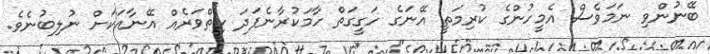
ބޭނުންވި ނަމަވެސް އެމީހުންގެ ކުރިމަތީ އޭނަގެ ހަގީގަތް ހާމަކުރާނެފަދަ ހިތްވަރެއް އޭނާއަކަށް ނުލިބުނެވެ.